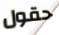
حقول